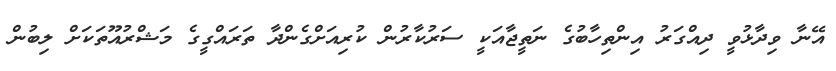
އޭނާ ވިދާޅުވީ ދިއްގަރު އިންތިހާބުގެ ނަތީޖާއަކީ ސަރުކާރުން ކުރިއަށްގެންދާ ތަރައްގީގެ މަޝްރުއޫތަކަށް ލިބުން